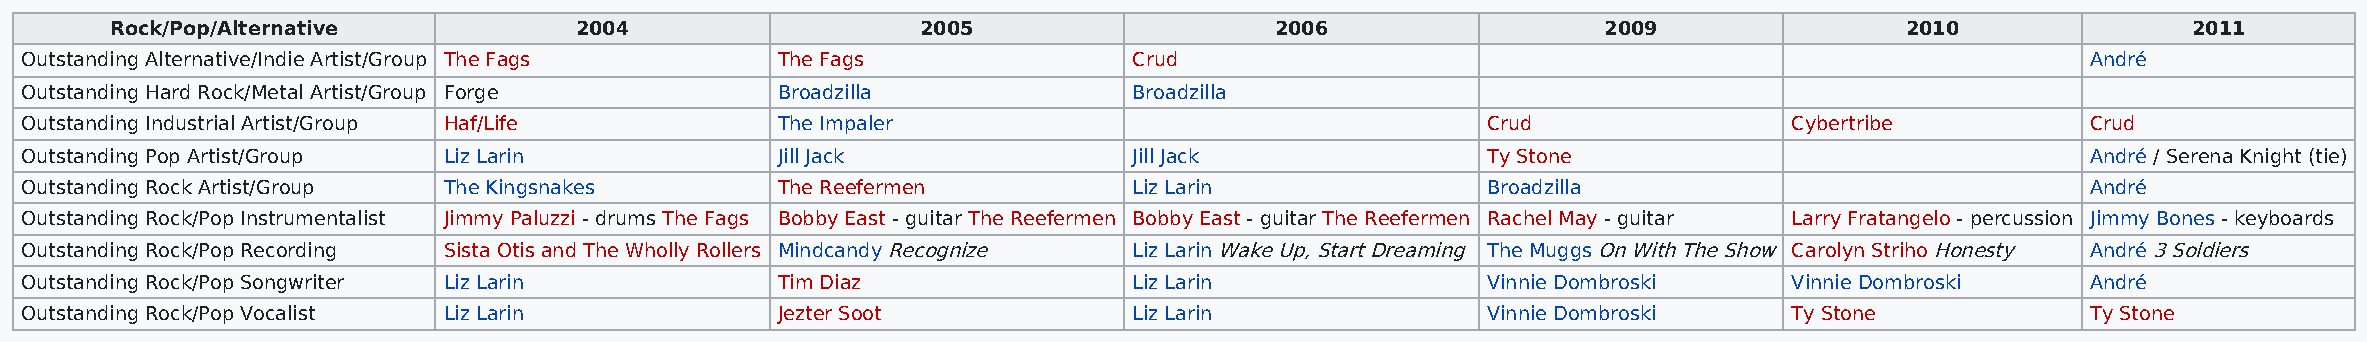
Rock/Pop/Alternative           2004                   2005                   2006                  2009                2010               2011
 Outstanding Alternative/Indie Artist/Group The Fags The Fags              Crud                                                           André
 Outstanding Hard Rock/Metal Artist/Group Forge    Broadzilla              Broadzilla
 Outstanding Industrial Artist/Group Haf/Life      The Impaler                                    Crud                 Cybertribe         Crud
 Outstanding Pop Artist/Group Liz Larin            Jill Jack               Jill Jack              Ty Stone                                André / Serena Knight (tie)
 Outstanding Rock Artist/Group The Kingsnakes      The Reefermen           Liz Larin              Broadzilla                              André
 Outstanding Rock/Pop Instrumentalist Jimmy Paluzzi - drums The Fags Bobby East - guitar The Reefermen Bobby East - guitar The Reefermen Rachel May - guitar Larry Fratangelo - percussion Jimmy Bones - keyboards
 Outstanding Rock/Pop Recording Sista Otis and The Wholly Rollers Mindcandy Recognize Liz Larin Wake Up, Start Dreaming The Muggs On With The Show Carolyn Striho Honesty André 3 Soldiers
 Outstanding Rock/Pop Songwriter Liz Larin         Tim Diaz                Liz Larin              Vinnie Dombroski     Vinnie Dombroski   André
 Outstanding Rock/Pop Vocalist Liz Larin           Jezter Soot             Liz Larin              Vinnie Dombroski     Ty Stone           Ty Stone